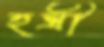
হন্ত্রী